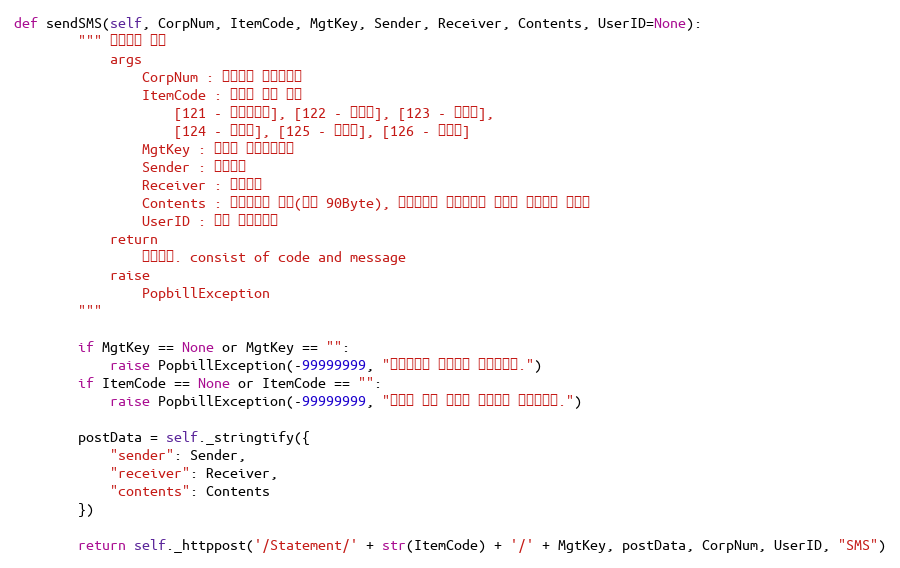
Language: Python
def sendSMS(self, CorpNum, ItemCode, MgtKey, Sender, Receiver, Contents, UserID=None):
        """ 알림문자 전송
            args
                CorpNum : 팝빌회원 사업자번호
                ItemCode : 명세서 종류 코드
                    [121 - 거래명세서], [122 - 청구서], [123 - 견적서],
                    [124 - 발주서], [125 - 입금표], [126 - 영수증]
                MgtKey : 파트너 문서관리번호
                Sender : 발신번호
                Receiver : 수신번호
                Contents : 문자메시지 내용(최대 90Byte), 최대길이를 초과한경우 길이가 조정되어 전송됨
                UserID : 팝빌 회원아이디
            return
                처리결과. consist of code and message
            raise
                PopbillException
        """

        if MgtKey == None or MgtKey == "":
            raise PopbillException(-99999999, "관리번호가 입력되지 않았습니다.")
        if ItemCode == None or ItemCode == "":
            raise PopbillException(-99999999, "명세서 종류 코드가 입력되지 않았습니다.")

        postData = self._stringtify({
            "sender": Sender,
            "receiver": Receiver,
            "contents": Contents
        })

        return self._httppost('/Statement/' + str(ItemCode) + '/' + MgtKey, postData, CorpNum, UserID, "SMS")